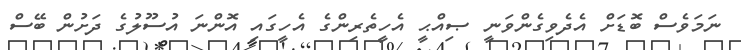
ނަމަވެސް ބޮޑަށް އެދެވިގެންވަނީ ޞިއްޙީ އެހީތެރިންގެ އެހީގައި އޮންނަ އުސޫލުގެ ދަށުން ބޭސް